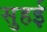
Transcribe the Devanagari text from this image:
सुहई